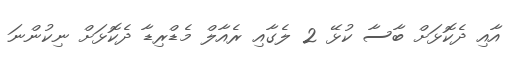
އާއި ދެކޮޅަށް ބާސާ ކުޅޭ 2 ލެގާއި ރެއާލް މެޑްރިޑާ ދެކޮޅަށް ނިކުންނަ